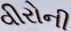
વીરોની